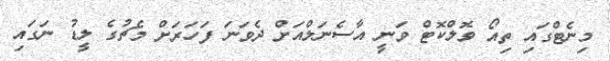
މިނެޓްގައި ތިއޯ ވޮލްކޮޓް ވަނީ އާސެނަލްއަށް ދެވަނަ ފަހަރަށް މެޗުގެ ލީޑު ނަގައި